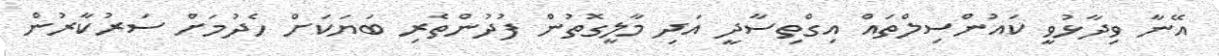
އޭނާ ވިދާޅުވީ ކައުންސިލްތައް އިގްތިސާދީ އަދި މާލީގޮތުން ފުދުންތެރި ބަޔަކަށް ހެދުމަށް ސަރުކާރުން